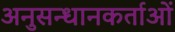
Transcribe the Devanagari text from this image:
अनुसन्धानकर्ताओं